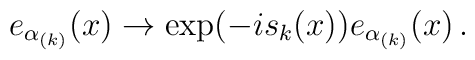
e_{\alpha_{(k)}}(x) \rightarrow \exp ( - i s_k(x) ) e_{\alpha_{(k)}}(x) \, .